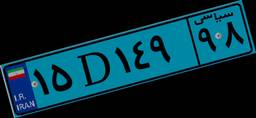
۱۵D۱۴۹۹۸